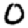
Digit: 0